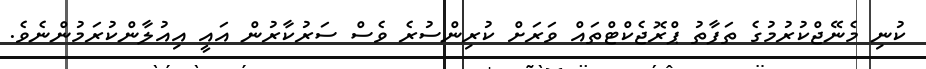
ކުނި މެނޭޖްކުރުމުގެ ތަފާތު ޕްރޮޖެކްޓްތައް ވަރަށް ކުރިންސުރެ ވެސް ސަރުކާރުން އައީ އިއުލާންކުރަމުންނެވެ.